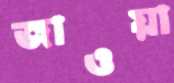
জাওয়া